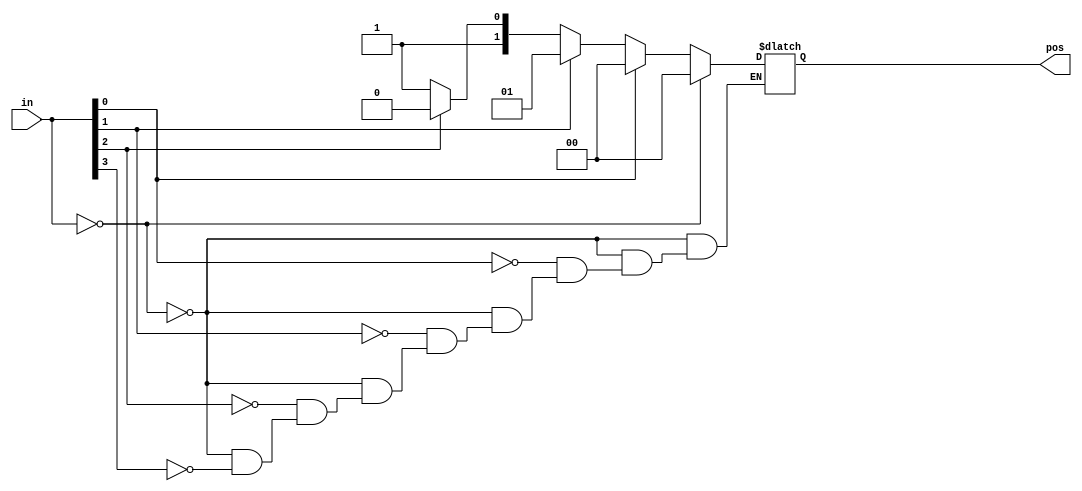
module top_module(
  input [3:0] in,
  output reg [1:0] pos
);
  // Write your code here
	integer i;
    always@(*)begin
        if(in == 4'b0000)
            pos = 2'b00;
    	else
            for(i = 3; i >= 0; i--)
                if(in[i] == 1)
                    pos = i[1:0];
    end
endmodule